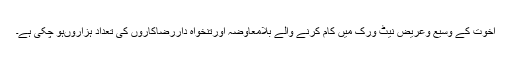
اُخوت کے وسیع وعریض نیٹ ورک میں کام کرنے والے بلامعاوضہ اورتنخواہ داررضاکاروں کی تعداد ہزاروںہو چکی ہے۔